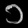
Digit: ၁